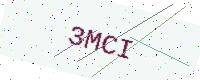
Text: 3MCI